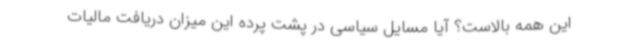
این همه بالاست؟ آیا مسایل سیاسی در پشت پرده این میزان دریافت مالیات